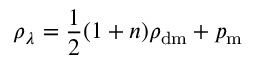
\rho _ { \lambda } = { \frac { 1 } { 2 } } ( 1 + n ) \rho _ { \mathrm { d m } } + p _ { \mathrm { m } }